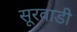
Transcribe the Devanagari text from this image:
सूरवाडी